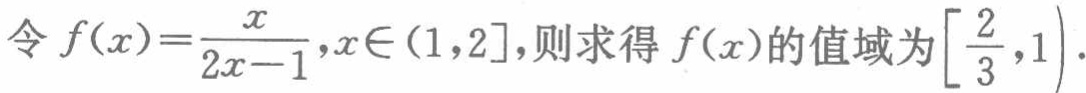
令 \(f(x)=\frac{x}{2x - 1},x\in(1,2]\)，则求得 \(f(x)\)的值域为\(\left[\frac{2}{3},1\right)\)。